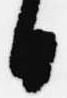
日